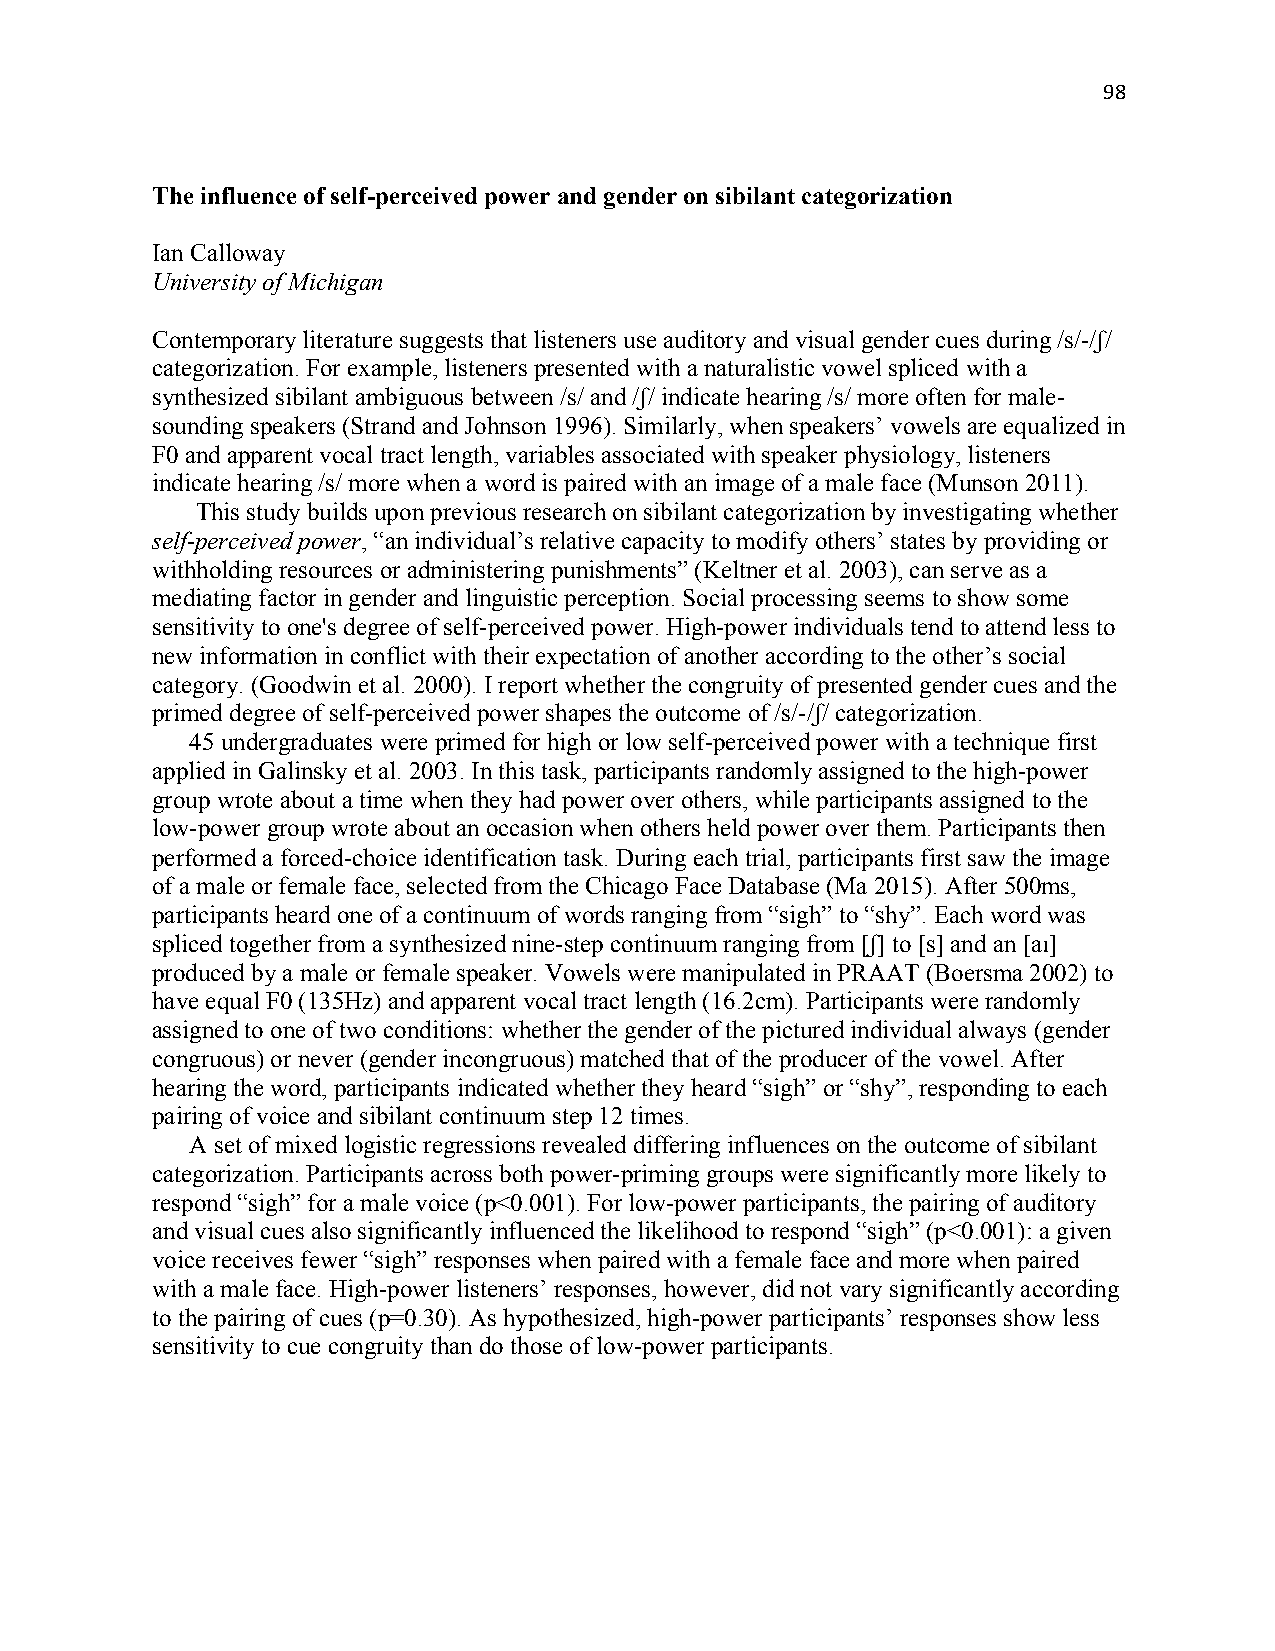
98
 The influence of self-perceived power and gender on sibilant categorization
 Ian Calloway
 University of Michigan
 Contemporary literature suggests that listeners use auditory and visual gender cues during /s/-/ʃ/
 categorization. For example, listeners presented with a naturalistic vowel spliced with a
 synthesized sibilant ambiguous between /s/ and /ʃ/ indicate hearing /s/ more often for male-
 sounding speakers (Strand and Johnson 1996). Similarly, when speakers’ vowels are equalized in
 F0 and apparent vocal tract length, variables associated with speaker physiology, listeners
 indicate hearing /s/ more when a word is paired with an image of a male face (Munson 2011).
 This study builds upon previous research on sibilant categorization by investigating whether
 self-perceived power, “an individual’s relative capacity to modify others’ states by providing or
 withholding resources or administering punishments” (Keltner et al. 2003), can serve as a
 mediating factor in gender and linguistic perception. Social processing seems to show some
 sensitivity to one's degree of self-perceived power. High-power individuals tend to attend less to
 new information in conflict with their expectation of another according to the other’s social
 category. (Goodwin et al. 2000). I report whether the congruity of presented gender cues and the
 primed degree of self-perceived power shapes the outcome of /s/-/ʃ/ categorization.
 45 undergraduates were primed for high or low self-perceived power with a technique first
 applied in Galinsky et al. 2003. In this task, participants randomly assigned to the high-power
 group wrote about a time when they had power over others, while participants assigned to the
 low-power group wrote about an occasion when others held power over them. Participants then
 performed a forced-choice identification task. During each trial, participants first saw the image
 of a male or female face, selected from the Chicago Face Database (Ma 2015). After 500ms,
 participants heard one of a continuum of words ranging from “sigh” to “shy”. Each word was
 spliced together from a synthesized nine-step continuum ranging from [ʃ] to [s] and an [aɪ]
 produced by a male or female speaker. Vowels were manipulated in PRAAT (Boersma 2002) to
 have equal F0 (135Hz) and apparent vocal tract length (16.2cm). Participants were randomly
 assigned to one of two conditions: whether the gender of the pictured individual always (gender
 congruous) or never (gender incongruous) matched that of the producer of the vowel. After
 hearing the word, participants indicated whether they heard “sigh” or “shy”, responding to each
 pairing of voice and sibilant continuum step 12 times.
 A set of mixed logistic regressions revealed differing influences on the outcome of sibilant
 categorization. Participants across both power-priming groups were significantly more likely to
 respond “sigh” for a male voice (p<0.001). For low-power participants, the pairing of auditory
 and visual cues also significantly influenced the likelihood to respond “sigh” (p<0.001): a given
 voice receives fewer “sigh” responses when paired with a female face and more when paired
 with a male face. High-power listeners’ responses, however, did not vary significantly according
 to the pairing of cues (p=0.30). As hypothesized, high-power participants’ responses show less
 sensitivity to cue congruity than do those of low-power participants.